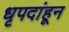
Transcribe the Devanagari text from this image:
धृपदांहून